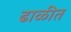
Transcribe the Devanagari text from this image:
ढाळीत